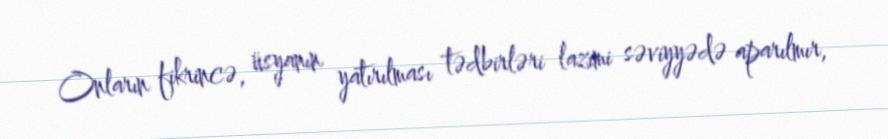
Onların fikrincə, üsyanın yatırılması tədbirləri lazımi səviyyədə aparılmır,